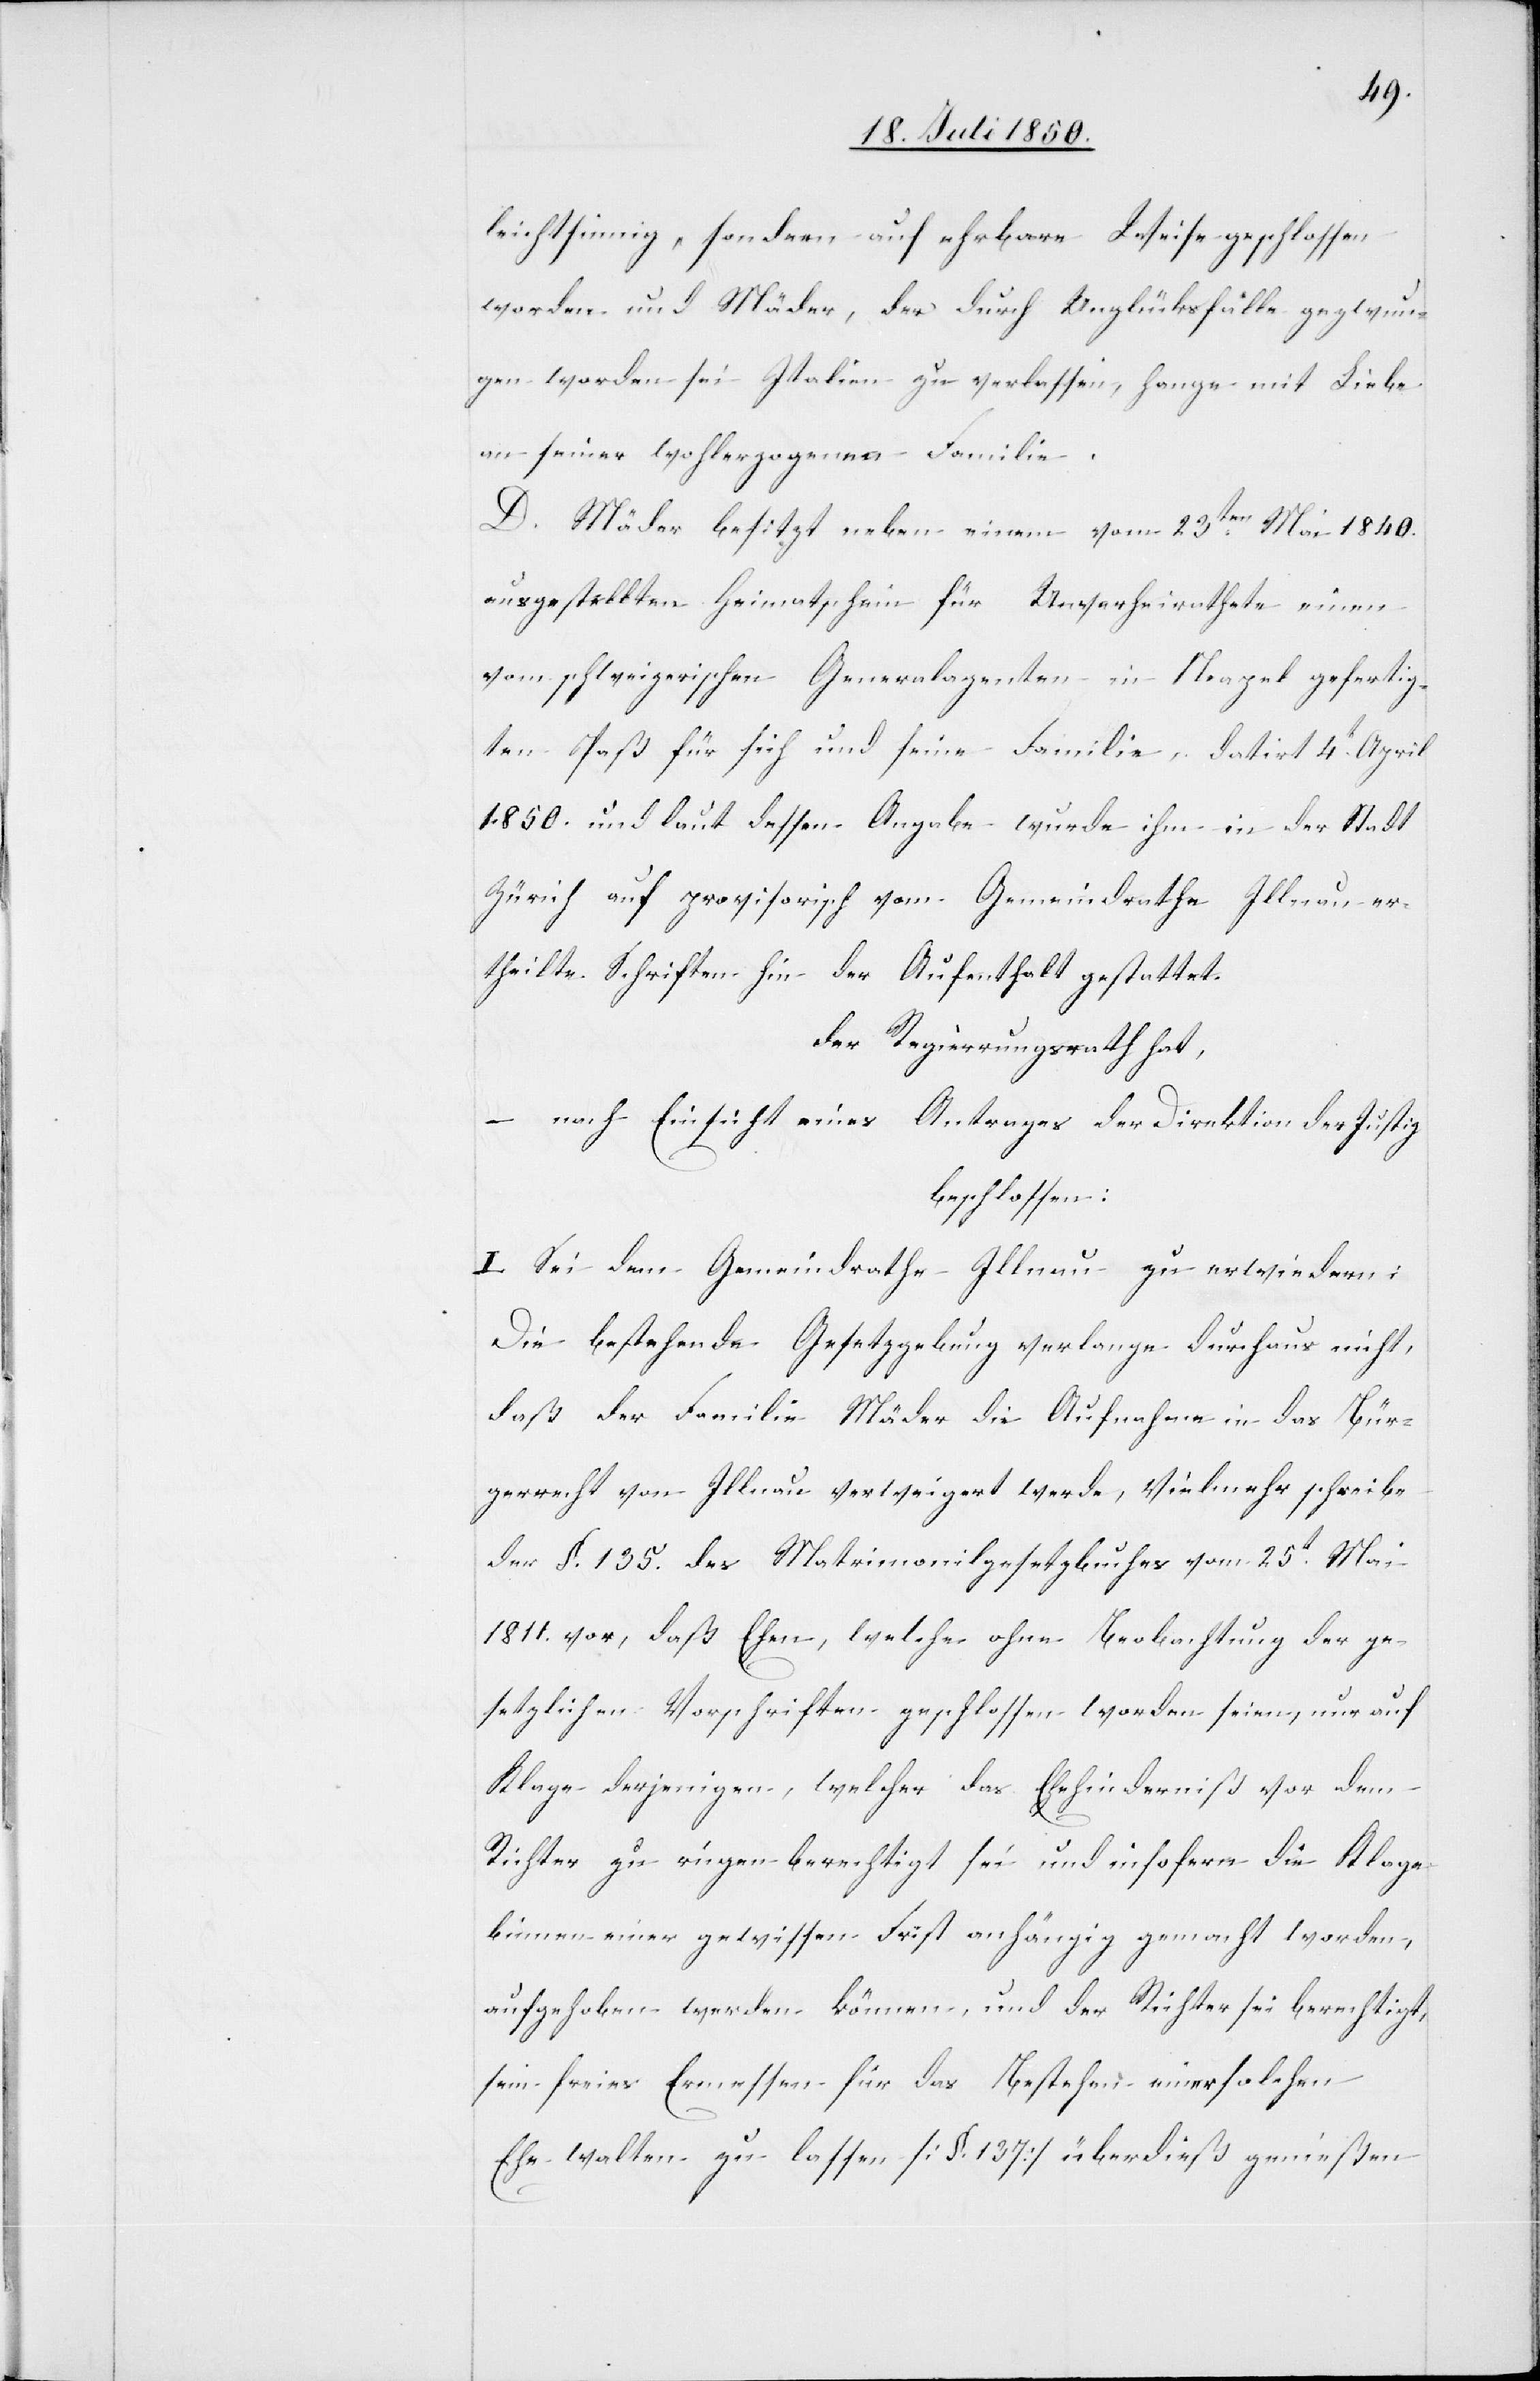
leichtsinnig, sondern auf ehrbare Weise geschlossen
worden und Mäder, der durch Unglücksfälle gezwun¬
gen worden sei Italien zu verlassen, hange mit Liebe
an seiner wohlerzogenen Familie.
D. Mäder besitzt neben einem vom 23ten Mai 1840.
ausgestellten Heimatschein für Unverheirathete einen
vom schweizerischen Generalagenten in Neapel gefertig¬
ten Paß für sich und seine Familie, datirt 4t April
1850. und laut dessen Angabe wurde ihm in der Stadt
Zürich auf provisorisch vom Gemeindrathe Illnau er¬
theilte Schriften hin der Aufenthalt gestattet.
der Regierungsrath hat,
– nach Einsicht eines Antrages der Direktion der Justiz
beschlossen:
I. Sei dem Gemeindrathe Illnau zu erwiedern:
Die bestehende Gesetzgebung verlange durchaus nicht,
daß der Familie Mäder die Aufnahme in das Bür¬
gerrecht von Illnau verweigert werde, vielmehr schreibe
der §. 135. des Matrimonialgesetzbuches vom 25t Mai
1811. vor, daß Ehen, welche ohne Beobachtung der ge¬
setzlichen Vorschriften geschlossen worden seien, nur auf
Klage derjenigen, welcher das Ehehinderniß vor dem
Richter zu ringen [sic!] berechtigt seiund insofern die Klage
binnen einer gewissen Frist anhängig gemacht worden,
aufgehoben werden können, und der Richter sei berechtigt,
sein freies Ermessen für das Bestehen einer solchen
Ehe walten zu lassen [§. 137] überdieß genießen